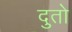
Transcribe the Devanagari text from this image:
दुतो